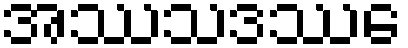
အဿသဒဿေ